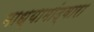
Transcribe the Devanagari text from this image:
माध्यामांद्वारा